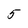
Character: 5